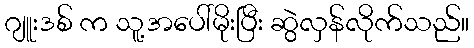
ဂျူးဒစ် က သူ့အပေါ်မိုးပြီး ဆွဲလှန်လိုက်သည်။